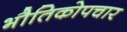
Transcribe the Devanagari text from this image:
भौतिकोपचार